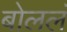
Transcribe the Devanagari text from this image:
बोललं